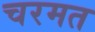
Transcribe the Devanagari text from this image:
चरमत